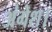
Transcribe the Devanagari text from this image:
अंगेश।